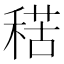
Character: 𥟾